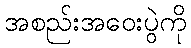
အစည်းအဝေးပွဲကို